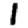
Digit: 1